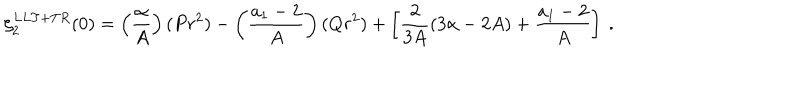
\zeta _ { 2 } ^ { L L T + T R } ( 0 ) = \left( \frac { \alpha } { A } \right) ( P r ^ { 2 } ) - \left( \frac { a _ { 1 } - 2 } { A } \right) ( Q r ^ { 2 } ) + \left[ \frac { 2 } { 3 A } ( 3 \alpha - 2 A ) + \frac { a _ { 1 } - 2 } { A } \right] \ .